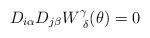
LaTeX: \begin{align*}D_{i\alpha}D_{j\beta}W^{\gamma}_{~\delta}(\theta)=0\end{align*}